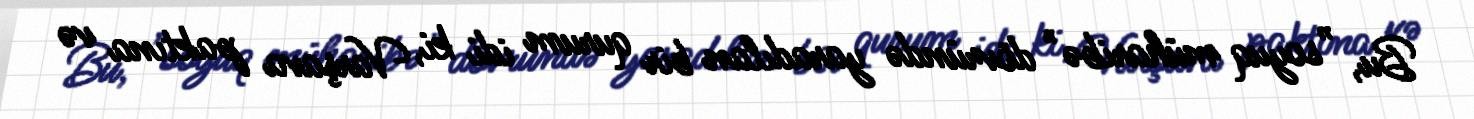
Bu, ”soyuq müharibə" dövründə yaradılan bir qurum idi ki, Varşava paktına və